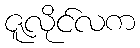
ဇူလိုင်လက